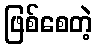
ဖြစ်စေတဲ့